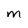
Character: M